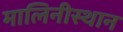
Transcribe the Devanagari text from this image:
मालिनीस्थान